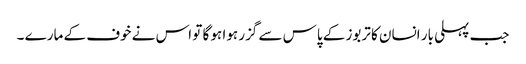
جب پہلی بار انسان کا تربوز کے پاس سے گزر ہوا ہو گا تو اس نے خوف کے مارے ۔